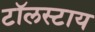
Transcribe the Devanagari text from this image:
टॉलस्टाय